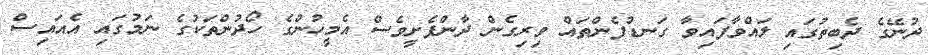
ދުނޭގެ ދެބިތުގައި ލައްވާފައިވާ ގަނޑުފެންތައް ވިރިގެން ދާންފެށީވެސް އެމީހުންގެ ހޯދުންތަކުގެ ނަމުގައި އެއައިސް